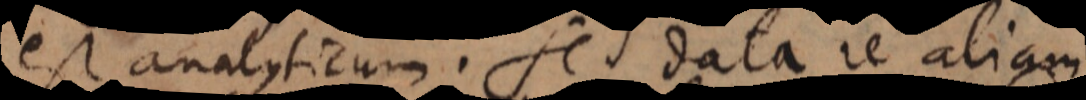
est analyticum. Sed data re aliam